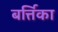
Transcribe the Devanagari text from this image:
बर्त्तिका